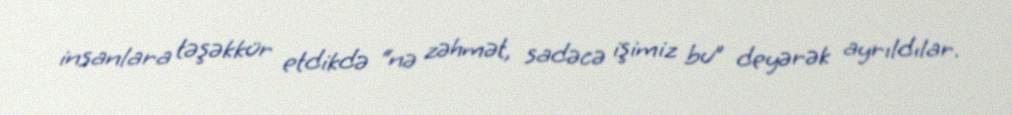
insanlara təşəkkür etdikdə “nə zəhmət, sadəcə işimiz bu” deyərək ayrıldılar.